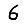
Digit: 6